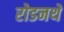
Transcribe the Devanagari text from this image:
रोडनथे